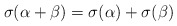
\begin{align*}\sigma(\alpha+\beta)=\sigma(\alpha)+\sigma(\beta)\end{align*}